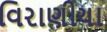
વિરાણીયા